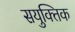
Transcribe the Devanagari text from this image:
सयुक्‍तिक